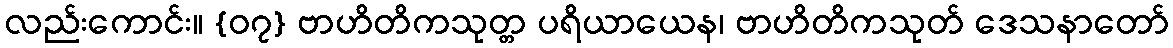
လည်းကောင်း။ {၀၇} ဗာဟိတိကသုတ္တ ပရိယာယေန၊ ဗာဟိတိကသုတ် ဒေသနာတော်